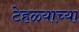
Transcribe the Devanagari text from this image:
टेहळ्याच्या